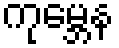
ကုမ္ဘေန